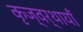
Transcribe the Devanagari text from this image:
कृज्वर्थायाँ